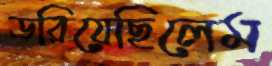
ডরিয়েছিলেম